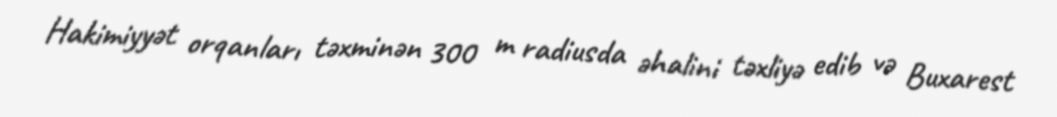
Hakimiyyət orqanları təxminən 300 m radiusda əhalini təxliyə edib və Buxarest